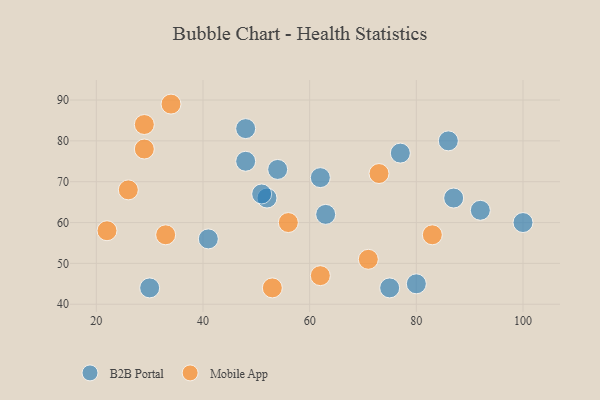
{"axis": {"x": "GDP", "y": "Life Expectancy"}, "legend": ["B2B Portal", "Mobile App"], "data": [{"x": "48", "y": 83, "type": "B2B Portal"}, {"x": "62", "y": 71, "type": "B2B Portal"}, {"x": "92", "y": 63, "type": "B2B Portal"}, {"x": "52", "y": 66, "type": "B2B Portal"}, {"x": "77", "y": 77, "type": "B2B Portal"}, {"x": "87", "y": 66, "type": "B2B Portal"}, {"x": "100", "y": 60, "type": "B2B Portal"}, {"x": "51", "y": 67, "type": "B2B Portal"}, {"x": "80", "y": 45, "type": "B2B Portal"}, {"x": "86", "y": 80, "type": "B2B Portal"}, {"x": "30", "y": 44, "type": "B2B Portal"}, {"x": "75", "y": 44, "type": "B2B Portal"}, {"x": "63", "y": 62, "type": "B2B Portal"}, {"x": "48", "y": 75, "type": "B2B Portal"}, {"x": "41", "y": 56, "type": "B2B Portal"}, {"x": "54", "y": 73, "type": "B2B Portal"}, {"x": "26", "y": 68, "type": "Mobile App"}, {"x": "71", "y": 51, "type": "Mobile App"}, {"x": "33", "y": 57, "type": "Mobile App"}, {"x": "62", "y": 47, "type": "Mobile App"}, {"x": "22", "y": 58, "type": "Mobile App"}, {"x": "53", "y": 44, "type": "Mobile App"}, {"x": "83", "y": 57, "type": "Mobile App"}, {"x": "29", "y": 78, "type": "Mobile App"}, {"x": "56", "y": 60, "type": "Mobile App"}, {"x": "73", "y": 72, "type": "Mobile App"}, {"x": "34", "y": 89, "type": "Mobile App"}, {"x": "29", "y": 84, "type": "Mobile App"}]}